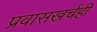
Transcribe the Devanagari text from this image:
प्रवासखर्चही